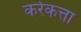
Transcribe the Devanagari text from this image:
कर्रकत्ता